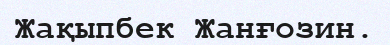
Жақыпбек Жанғозин.